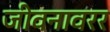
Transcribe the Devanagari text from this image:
जीवनावरर